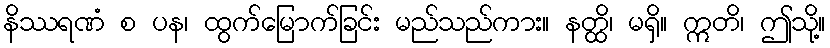
နိဿရဏံ စ ပန၊ ထွက်မြောက်ခြင်း မည်သည်ကား။ နတ္ထိ၊ မရှိ။ ဣတိ၊ ဤသို့။